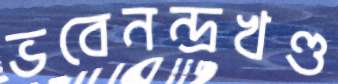
ভবেনন্দ্রখণ্ড